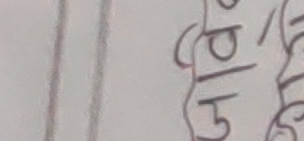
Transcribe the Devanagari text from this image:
प
उ